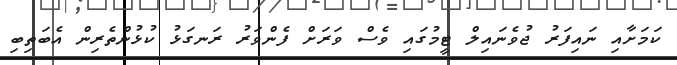
ކަމަށާއި ނައިފަރު ޖުވެނައިލް ޓީމުގައި ވެސް ވަރަށް ފެންވަރު ރަނގަޅު ކުޅުންތެރިން އެބަތިބި